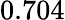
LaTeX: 0.704